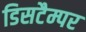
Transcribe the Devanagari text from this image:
डिसटैम्पर